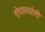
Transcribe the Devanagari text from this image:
गोपालयोगी